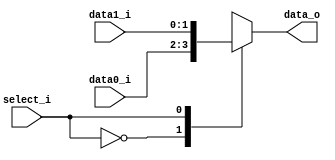
//310512050
//Subject:     CO project 2 - MUX 221
//--------------------------------------------------------------------------------
//Version:     1
//--------------------------------------------------------------------------------
//Writer:      Luke
//----------------------------------------------
//Date:        
//----------------------------------------------
//Description: 
//--------------------------------------------------------------------------------
`timescale 1ns/1ps
module MUX_2to1(
               data0_i,
               data1_i,
               select_i,
               data_o
               );

parameter size = 0;			   
			
//I/O ports               
input   [size-1:0] data0_i;          
input   [size-1:0] data1_i;
input              select_i;
output  [size-1:0] data_o; 

//Internal Signals
reg     [size-1:0] data_o;

//Main function
always@(*)begin
	case(select_i)
	1'd0: data_o = data0_i;
	1'd1: data_o = data1_i;
	default: data_o = 0;
	endcase
end
endmodule